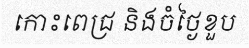
កោះពេជ្រ និងចំថ្ងៃខួប